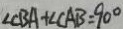
\angle C B A + \angle C A B = 9 0 ^ { \circ }